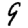
Digit: 9